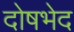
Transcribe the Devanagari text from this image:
दोषभेद